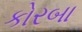
કોરબા